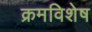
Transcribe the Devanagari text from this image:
क्रमविशेष